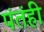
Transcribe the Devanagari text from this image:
पंतंही